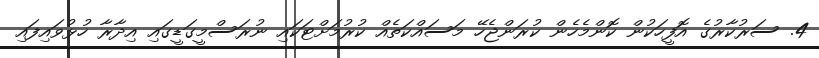
4. ސަރުކާރުގެ އޮފީހަކުން ކޮންމެހެން ކުރަންޖެހޭ މަސައްކަތެއް ކުރުމަށްޓަކައި ނުރަސްމީގަޑީގައި އިދާރާ ހުޅުވައިފައި